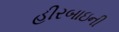
હીરબાઇની